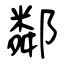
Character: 鄰